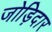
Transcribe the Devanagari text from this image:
जोड़िदार